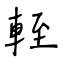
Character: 輊